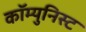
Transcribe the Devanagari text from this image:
कॉम्युनिस्ट